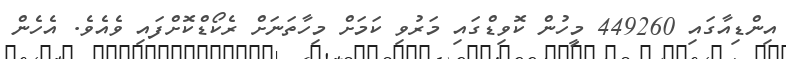
އިންޑިއާގައި 449260 މީހުން ކޮވިޑްގައި މަރުވި ކަމަށް މިހާތަނަށް ރެކޯޑްކޮށްފައި ވެއެވެ. އެހެން